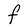
Character: F